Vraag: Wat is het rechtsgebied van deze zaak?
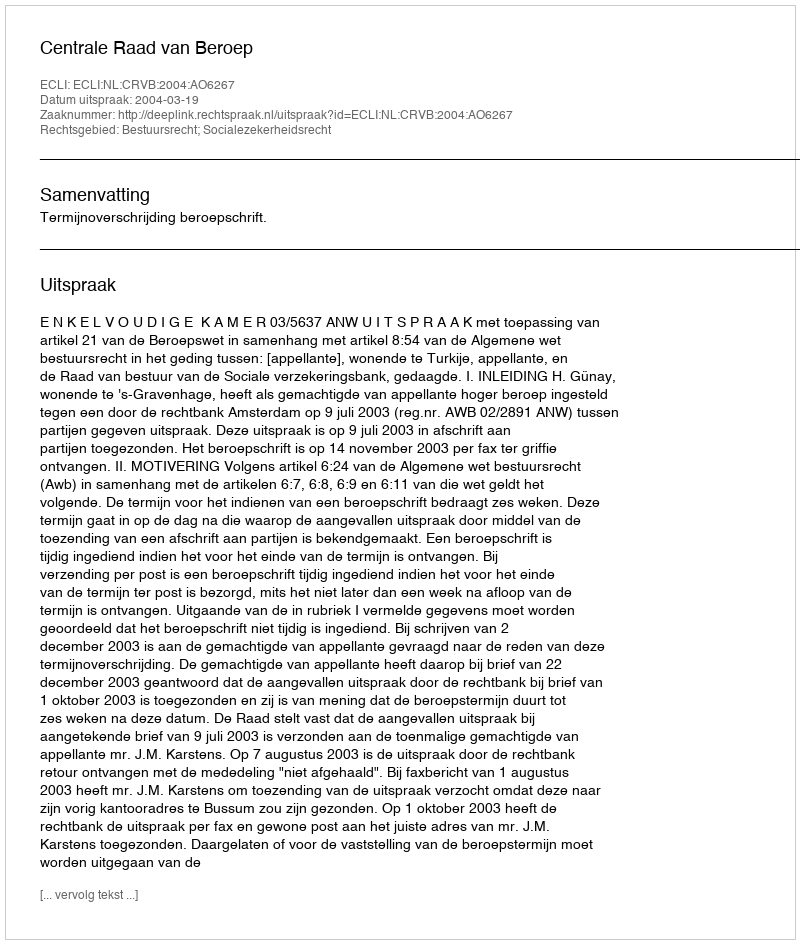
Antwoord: Bestuursrecht; Socialezekerheidsrecht